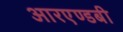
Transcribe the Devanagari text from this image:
आरएण्डबी